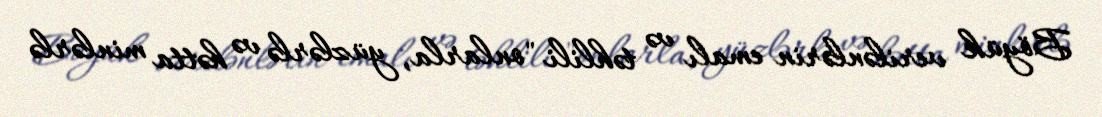
Böyük verilənlərin emalı və təhlili "onlarla, yüzlərlə və hətta minlərlə